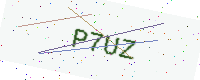
Text: P7UZ